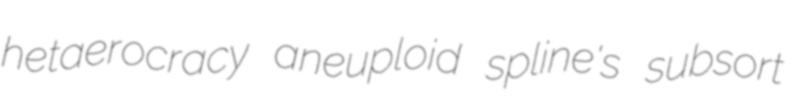
hetaerocracy aneuploid spline's subsort